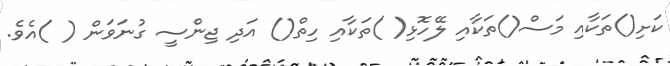
ކަށި()ތަކާއި މަސް()ތަކާއި ލޭހޮޅި( )ތަކާއި ހިތް() އަދި ޖިންސީ ގުނަވަން ( )އެވެ.